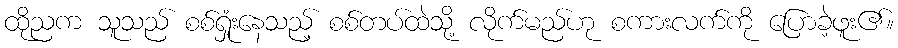
ထိုညက သူသည် စစ်ရှုံးနေသည့် စစ်တပ်ထဲသို့ လိုက်မည်ဟု စကားလက်ကို ပြောခဲ့ဖူး၏။